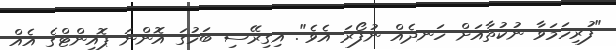
"ފުރިހަމަވާ ނުކުތާއަށް ހަނދެއް ނުފޯރަ އެވެ". އިގިރޭސި ބަހުގަ އޮންނަ ޕޮއިންޓްގެ އެއް